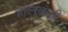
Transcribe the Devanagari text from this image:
हालकंठी